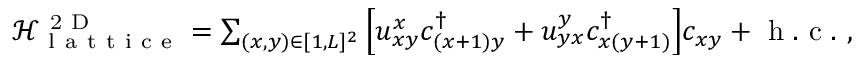
\begin{array} { r } { \mathcal { H } _ { \mathrm { ~ l ~ a ~ t ~ t ~ i ~ c ~ e ~ } } ^ { \mathrm { ~ 2 ~ D ~ } } = \sum _ { ( x , y ) \in [ 1 , L ] ^ { 2 } } \Big [ u _ { x y } ^ { x } c _ { ( x + 1 ) y } ^ { \dagger } + u _ { y x } ^ { y } c _ { x ( y + 1 ) } ^ { \dagger } \Big ] c _ { x y } + \mathrm { ~ h ~ . ~ c ~ . ~ } , } \end{array}